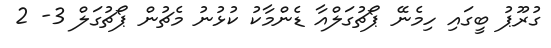
ގުރޫޕު ބީގައި ހިމެނޭ ޕޯޗުގަލްއާ ޑެންމާކު ކުޅުނު މެޗުން ޕޯޗުގަލް 3- 2